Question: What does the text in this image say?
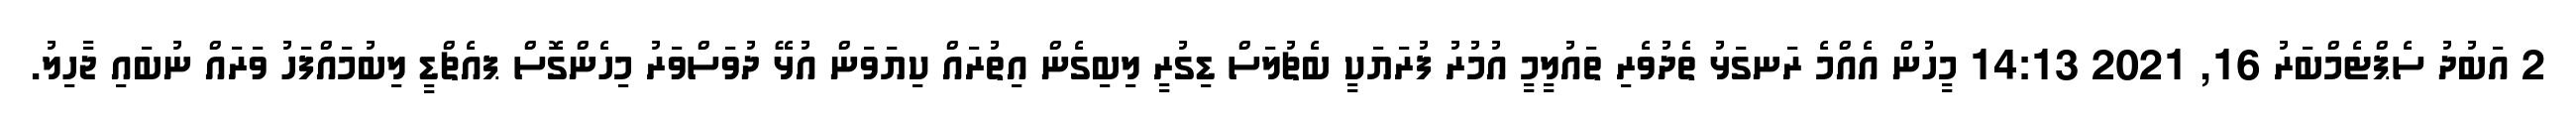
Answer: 2 އަބުދު ސެޕްޓެމްބަރު 16, 2021 14:13 މީހުން އެއްމެ ރަނގަޅު ތެދުވެރި ތައުލީމީ އުމުރު ފުރަޔަކީ ބެޗުލަސް ޑިގުރީ ލިބިގެން އިތުރައް ކިޔަވަން އުޅޭ ދުވަސްވަރު މިހެންގޮސް ޕއެޗްޑީ ލިބުމައްފަހު ވަރައް ނުބައި ޖާހިލު.